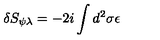
\delta S _ { \psi \lambda } = - 2 i \int d ^ { 2 } \sigma \epsilon